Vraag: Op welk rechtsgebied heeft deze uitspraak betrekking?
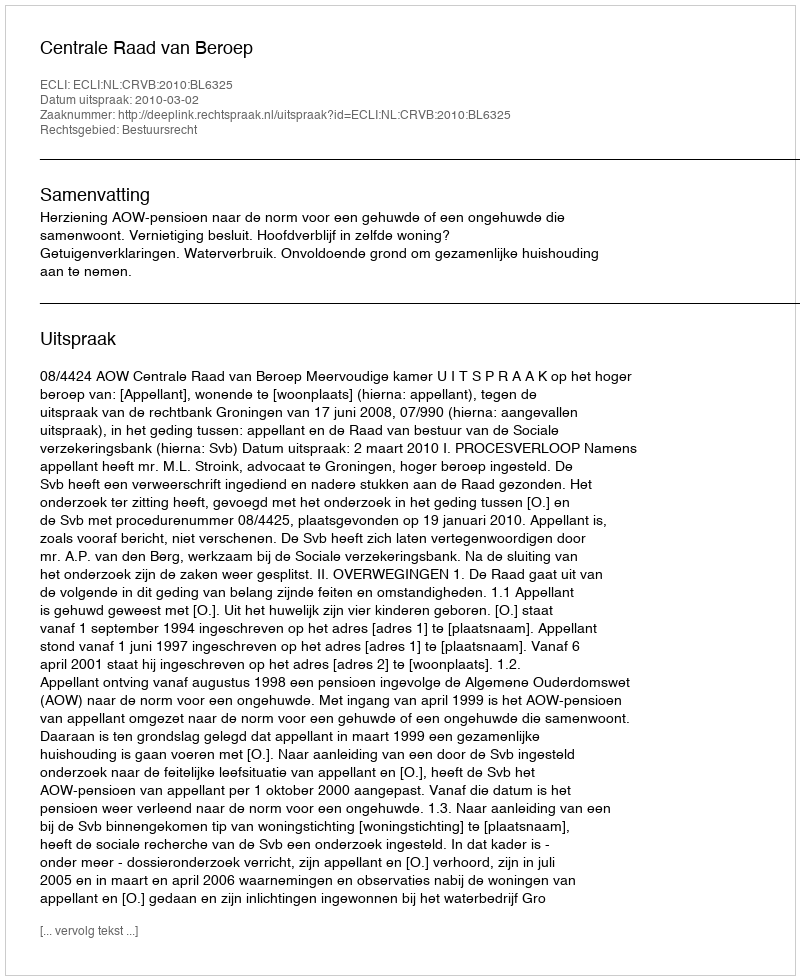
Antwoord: Bestuursrecht